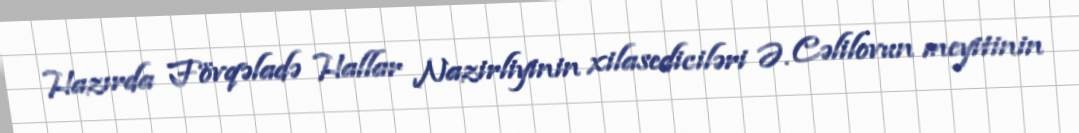
Hazırda Fövqəladə Hallar Nazirliyinin xilasediciləri Ə. Cəlilovun meyitinin